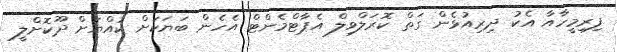
ފިރިމީހާއާ އެކު ދިރިއުޅެން ގަތް ކޮރަލްވިލް އެޕާޓްމެންޓް އެހެން ބަޔަކަށް ކުއްޔަށް ދޫކޮށްލީ